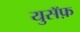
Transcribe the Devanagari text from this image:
युसॅफ़